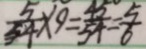
\frac { 5 } { 5 4 } \times 9 = \frac { 4 5 } { 5 4 } = \frac { 5 } { 6 }